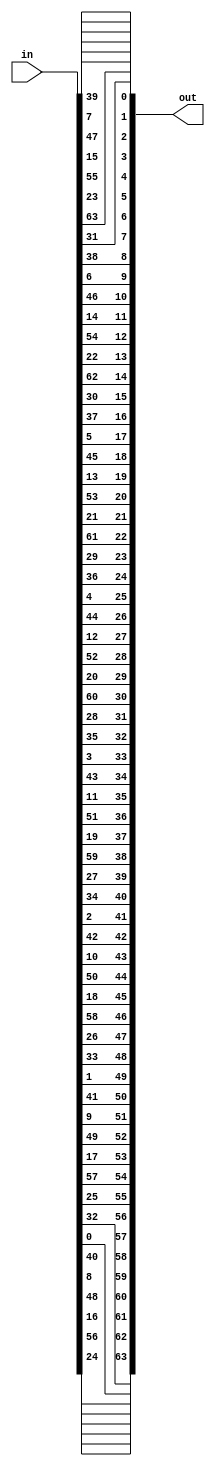
// Inverse of the Initial Permutation Structure
module inv_perm (
input  [63:0] in,
output [63:0] out
);

assign out[0] = in[39];
assign out[1] = in[7];
assign out[2] = in[47];
assign out[3] = in[15];
assign out[4] = in[55];
assign out[5] = in[23];
assign out[6] = in[63];
assign out[7] = in[31];
assign out[8] = in[38];
assign out[9] = in[6];
assign out[10] = in[46];
assign out[11] = in[14];
assign out[12] = in[54];
assign out[13] = in[22];
assign out[14] = in[62];
assign out[15] = in[30];
assign out[16] = in[37];
assign out[17] = in[5];
assign out[18] = in[45];
assign out[19] = in[13];
assign out[20] = in[53];
assign out[21] = in[21];
assign out[22] = in[61];
assign out[23] = in[29];
assign out[24] = in[36];
assign out[25] = in[4];
assign out[26] = in[44];
assign out[27] = in[12];
assign out[28] = in[52];
assign out[29] = in[20];
assign out[30] = in[60];
assign out[31] = in[28];
assign out[32] = in[35];
assign out[33] = in[3];
assign out[34] = in[43];
assign out[35] = in[11];
assign out[36] = in[51];
assign out[37] = in[19];
assign out[38] = in[59];
assign out[39] = in[27];
assign out[40] = in[34];
assign out[41] = in[2];
assign out[42] = in[42];
assign out[43] = in[10];
assign out[44] = in[50];
assign out[45] = in[18];
assign out[46] = in[58];
assign out[47] = in[26];
assign out[48] = in[33];
assign out[49] = in[1];
assign out[50] = in[41];
assign out[51] = in[9];
assign out[52] = in[49];
assign out[53] = in[17];
assign out[54] = in[57];
assign out[55] = in[25];
assign out[56] = in[32];
assign out[57] = in[0];
assign out[58] = in[40];
assign out[59] = in[8];
assign out[60] = in[48];
assign out[61] = in[16];
assign out[62] = in[56];
assign out[63] = in[24];

endmodule